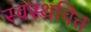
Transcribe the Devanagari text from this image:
स्वस्थचित्त